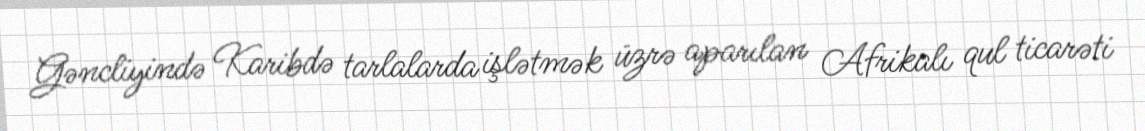
Gəncliyində Karibdə tarlalarda işlətmək üzrə aparılan Afrikalı qul ticarəti